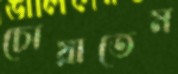
চোয়াতেম